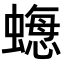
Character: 𧐟